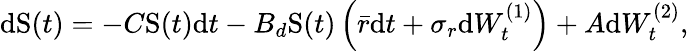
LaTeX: \mathrm{d}\mathrm{S}(t)=-C\mathrm{S}(t)\mathrm{d}t-B_{d}\mathrm{S}(t)\left(\bar{r}\mathrm{d}t+\sigma_{r}\mathrm{d}W_{t}^{(1)}\right)+A\mathrm{d}W_{t}^{(2)},